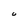
Character: o